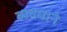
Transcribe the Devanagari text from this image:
व्यवधाने